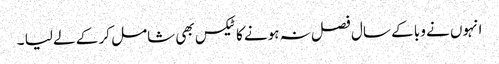
انہوں نے وبا کے سال فصل نہ ہونے کا ٹیکس بھی شامل کر کے لے لیا ۔